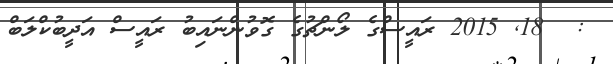
:  18